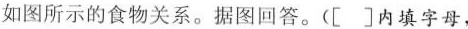
如图所示的食物关系。据图回答。([]内填字母，